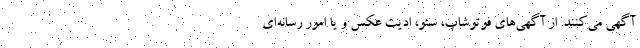
آگهی می‌کنند. از آگهی‌های فوتوشاپ، سئو، ادیت عکس و یا امور رسانه‌ای